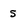
Character: 5